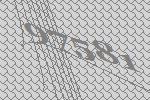
97581